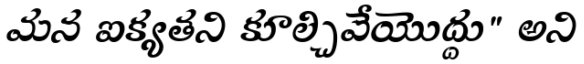
మన ఐక్యతని కూల్చివేయొద్దు" అని